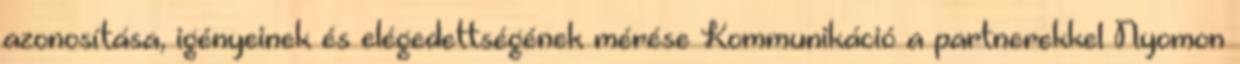
azonosítása, igényeinek és elégedettségének mérése Kommunikáció a partnerekkel Nyomon